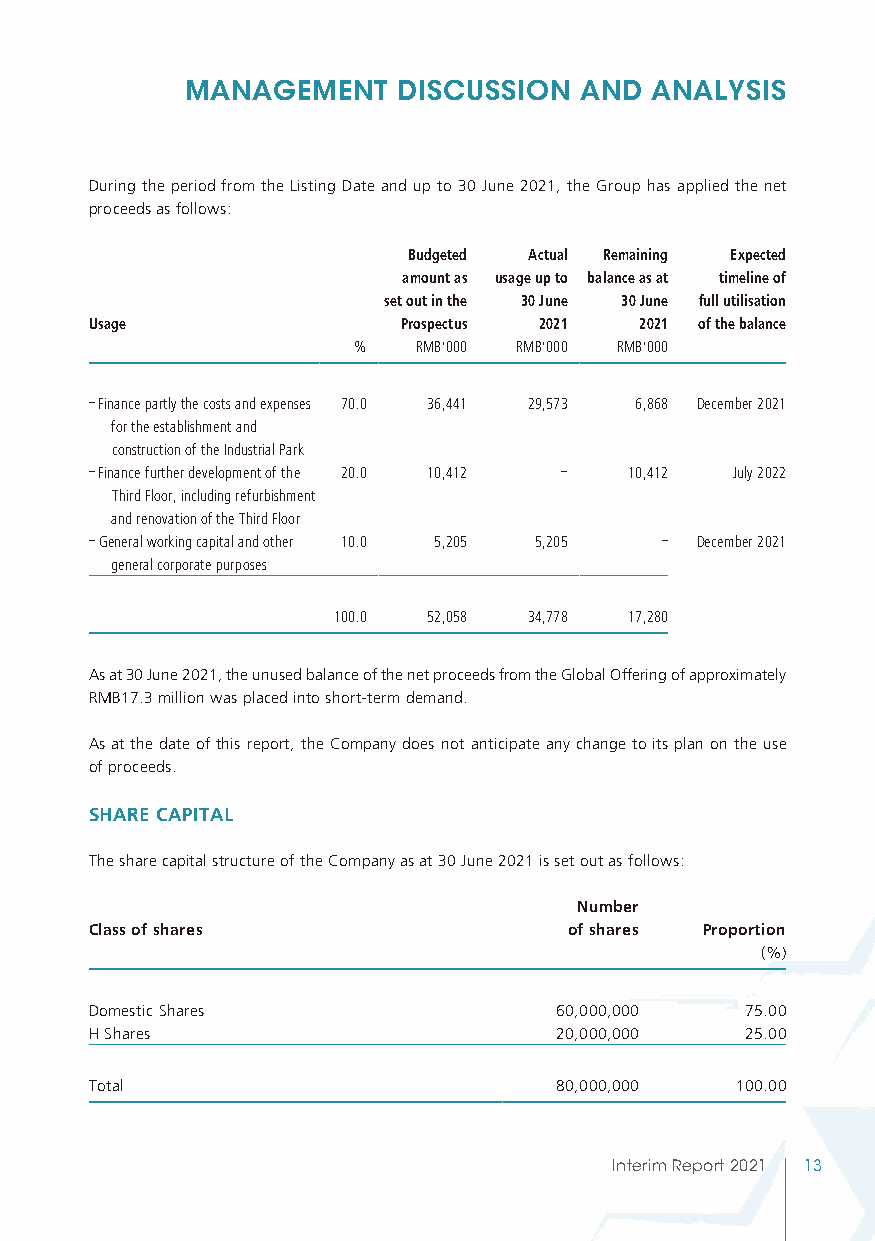
MANAGEMENT    DISCUSSION  AND  ANALYSIS
 During the period from the Listing Date and up to 30 June 2021, the Group has applied the net
 proceeds as follows:
 Budgeted Actual Remaining Expected
 amount as usage up to balance as at timeline of
 set out in the 30 June 30 June full utilisation
 Usage               Prospectus 2021 2021 of the balance
 %   RMB’000 RMB’000 RMB’000
 – Finance partly the costs and expenses 70.0 36,441 29,573 6,868 December 2021
 for the establishment and
 construction of the Industrial Park
 – Finance further development of the 20.0 10,412 – 10,412 July 2022
 Third Floor, including refurbishment
 and renovation of the Third Floor
 – General working capital and other 10.0 5,205 5,205 – December 2021
 general corporate purposes
 100.0 52,058 34,778 17,280
 As at 30 June 2021, the unused balance of the net proceeds from the Global Offering of approximately
 RMB17.3 million was placed into short-term demand.
 As at the date of this report, the Company does not anticipate any change to its plan on the use
 of proceeds.
 SHARE CAPITAL
 The share capital structure of the Company as at 30 June 2021 is set out as follows:
 Number
 Class of shares                 of shares Proportion
 (%)
 Domestic Shares                60,000,000  75.00
 H Shares                       20,000,000  25.00
 Total                          80,000,000  100.00
 Interim Report 2021 13